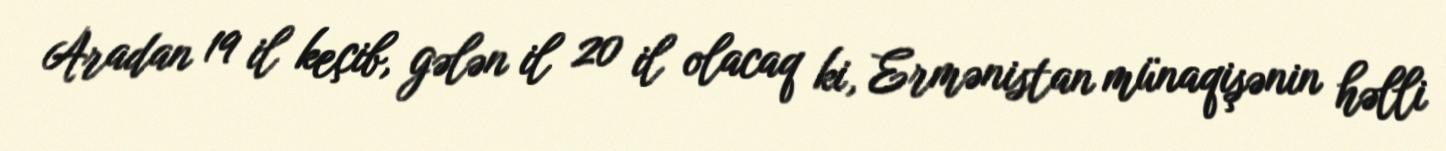
Aradan 19 il keçib, gələn il 20 il olacaq ki, Ermənistan münaqişənin həlli